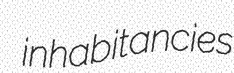
inhabitancies